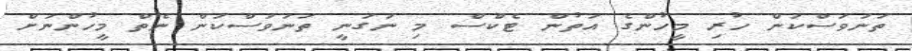
ތަނަވަސްކަން ހުރި މީހުންގެ އަތުން ޓެކްސް މި ނަގަނީ ތަނަވަސްކަން ނެތް މީހުންނަށް